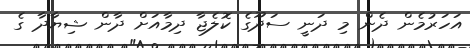
އަހަރުމެން ދެން މި ދަނީ ސަދޫގެ ކޮލެޖާ ދިމާއަށް ދާން ޝިޔާދާ ގެ